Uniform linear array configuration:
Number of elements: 32
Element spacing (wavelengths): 0.75
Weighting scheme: uniform
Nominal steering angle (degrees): -15
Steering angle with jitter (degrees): -14.197
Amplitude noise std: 0.05
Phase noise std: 0.05

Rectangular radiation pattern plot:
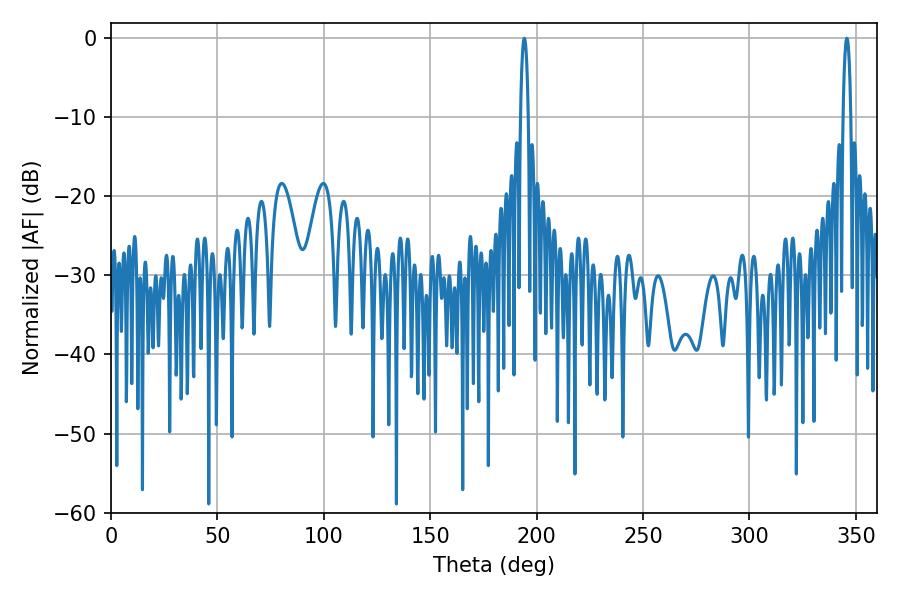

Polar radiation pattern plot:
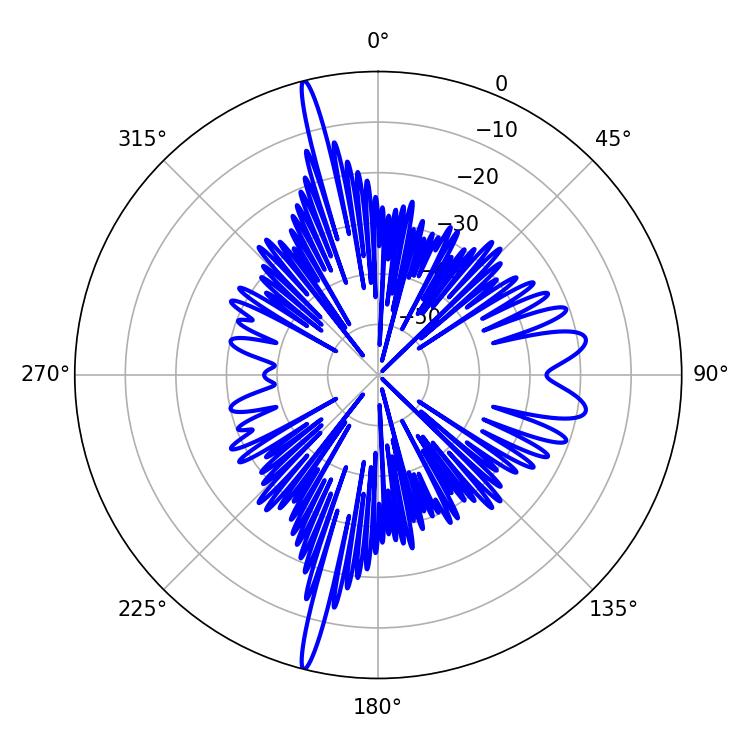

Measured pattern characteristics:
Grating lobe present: TRUE
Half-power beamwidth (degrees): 2.16
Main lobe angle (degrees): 194.22